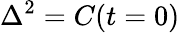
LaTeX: {{\Delta}^{2}}=C(t=0)